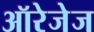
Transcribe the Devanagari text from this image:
ऑरेजेज